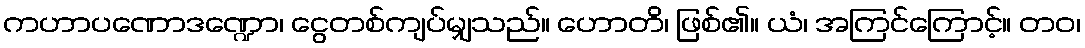
ကဟာပဏောဒဏ္ဍော၊ ငွေတစ်ကျပ်မျှသည်။ ဟောတိ၊ ဖြစ်၏။ ယံ၊ အကြင်ကြောင့်။ တဝ၊